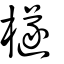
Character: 檖